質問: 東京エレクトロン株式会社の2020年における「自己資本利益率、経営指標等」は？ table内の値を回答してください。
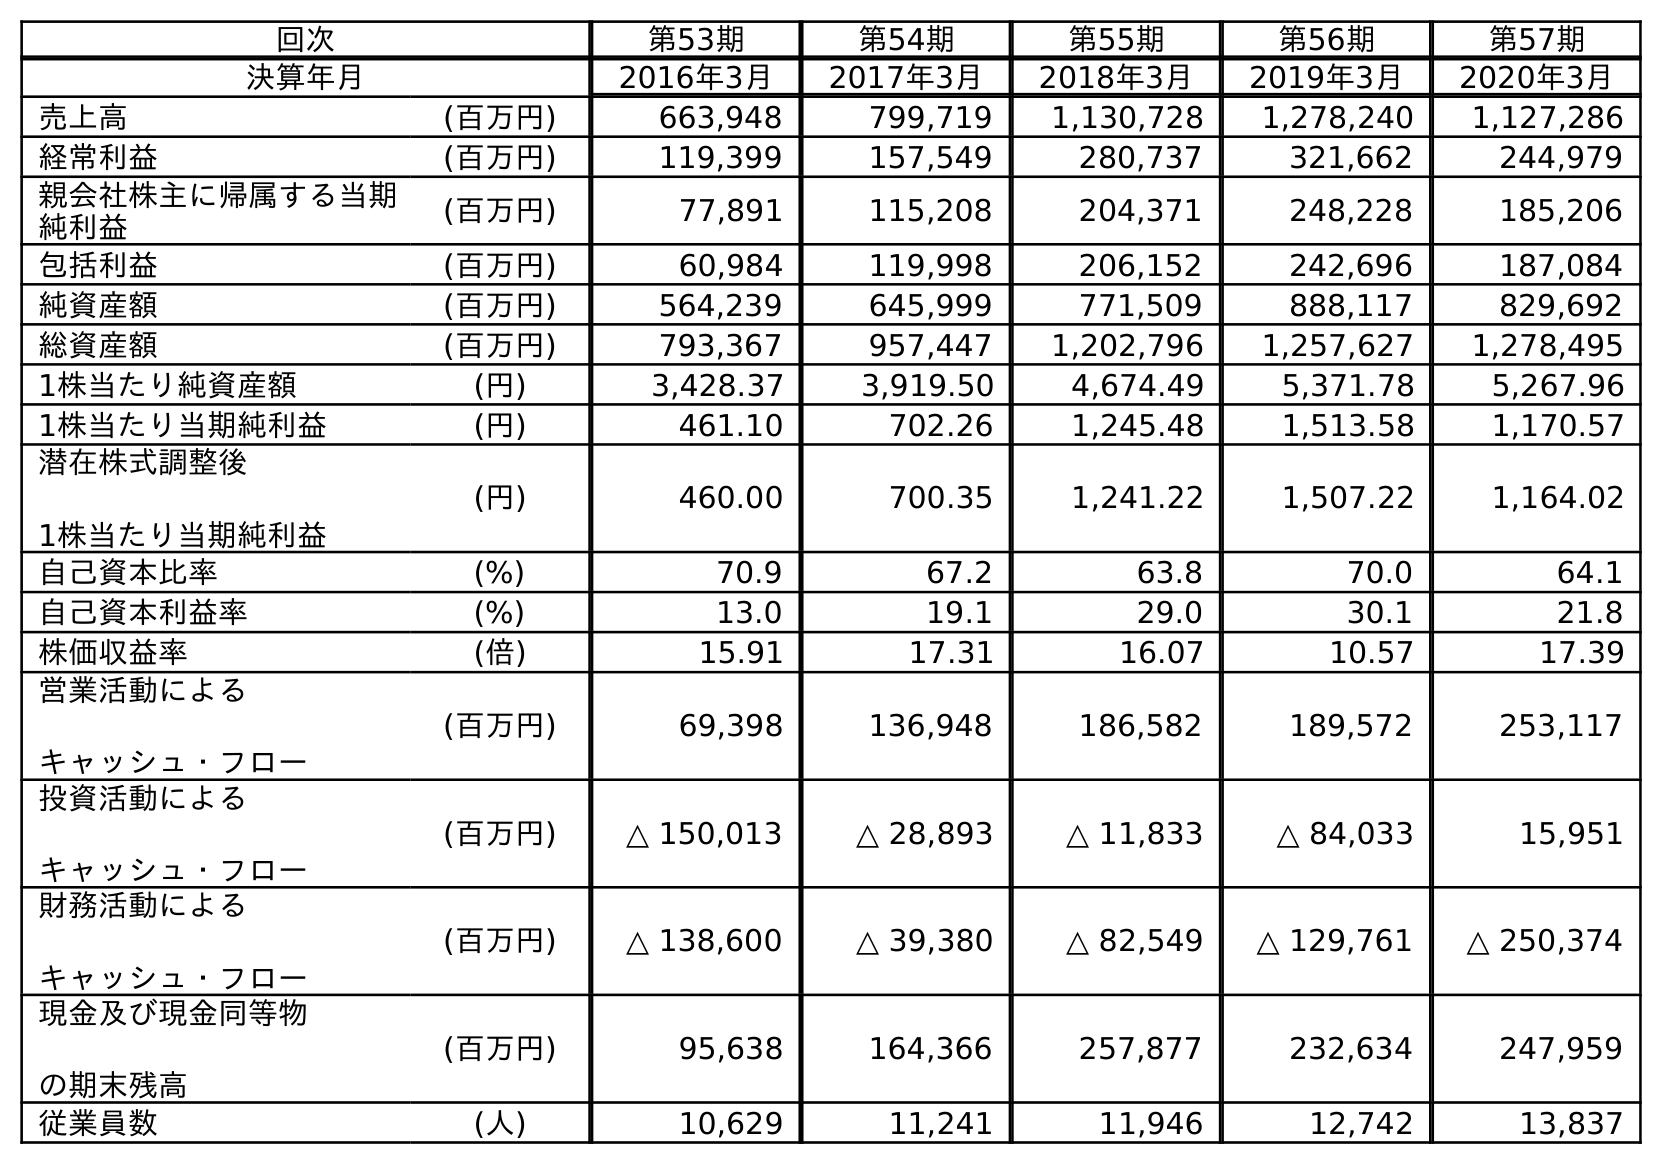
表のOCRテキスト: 回次 第53期 第54期 第55期 第56期 第57期 決算年月 2016年3月 2017年3月 2018年3月 2019年3月 2020年3月 売上高 (百万円) 663,948 799,719 1,130,728 1,278,240 1,127,286 経常利益 (百万円) 119,399 157,549 280,737 321,662 244,979 親会社株主に帰属する当期 純利益 (百万円) 77,891 115,208 204,371 248,228 185,206 包括利益 (百万円) 60,984 119,998 206,152 242,696 187,084 純資産額 (百万円) 564,239 645,999 771,509 888,117 829,692 総資産額 (百万円) 793,367 957,447 1,202,796 1,257,627 1,278,495 1株当たり純資産額 (円) 3,428.37 3,919.50 4,674.49 5,371.78 5,267.96 1株当たり当期純利益 (円) 461.10 702.26 1,245.48 1,513.58 1,170.57 潜在株式調整後 1株当たり当期純利益 (円) 460.00 700.35 1,241.22 1,507.22 1,164.02 自己資本比率 (%) 70.9 67.2 63.8 70.0 64.1 自己資本利益率 (%) 13.0 19.1 29.0 30.1 21.8 株価収益率 (倍) 15.91 17.31 16.07 10.57 17.39 営業活動による キャッシュ・フロー (百万円) 69,398 136,948 186,582 189,572 253,117 投資活動による キャッシュ・フロー (百万円) △ 150,013 △ 28,893 △ 11,833 △ 84,033 15,951 財務活動による キャッシュ・フロー (百万円) △ 138,600 △ 39,380 △ 82,549 △ 129,761 △ 250,374 現金及び現金同等物 の期末残高 (百万円) 95,638 164,366 257,877 232,634 247,959 従業員数 (人) 10,629 11,241 11,946 12,742 13,837
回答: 21.8